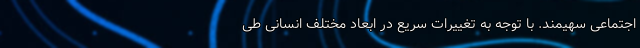
اجتماعی سهیمند. با توجه به تغییرات سریع در ابعاد مختلف انسانی طی